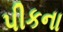
પીકના